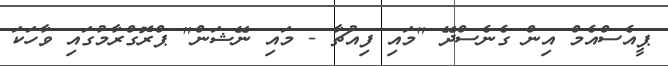
ޕީއެސްއެމް އިން ގެނެސްދޭ "މައި ފިއުޗާ - މައި ނޭޝަން" ޕްރޮގްރާމުގައި ވާހަކަ